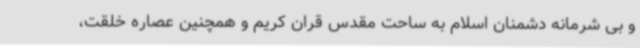
و بی شرمانه دشمنان اسلام به ساحت مقدس قران کریم و همچنین عصاره خلقت،